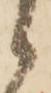
候